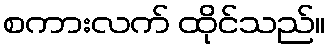
စကားလက် ထိုင်သည်။